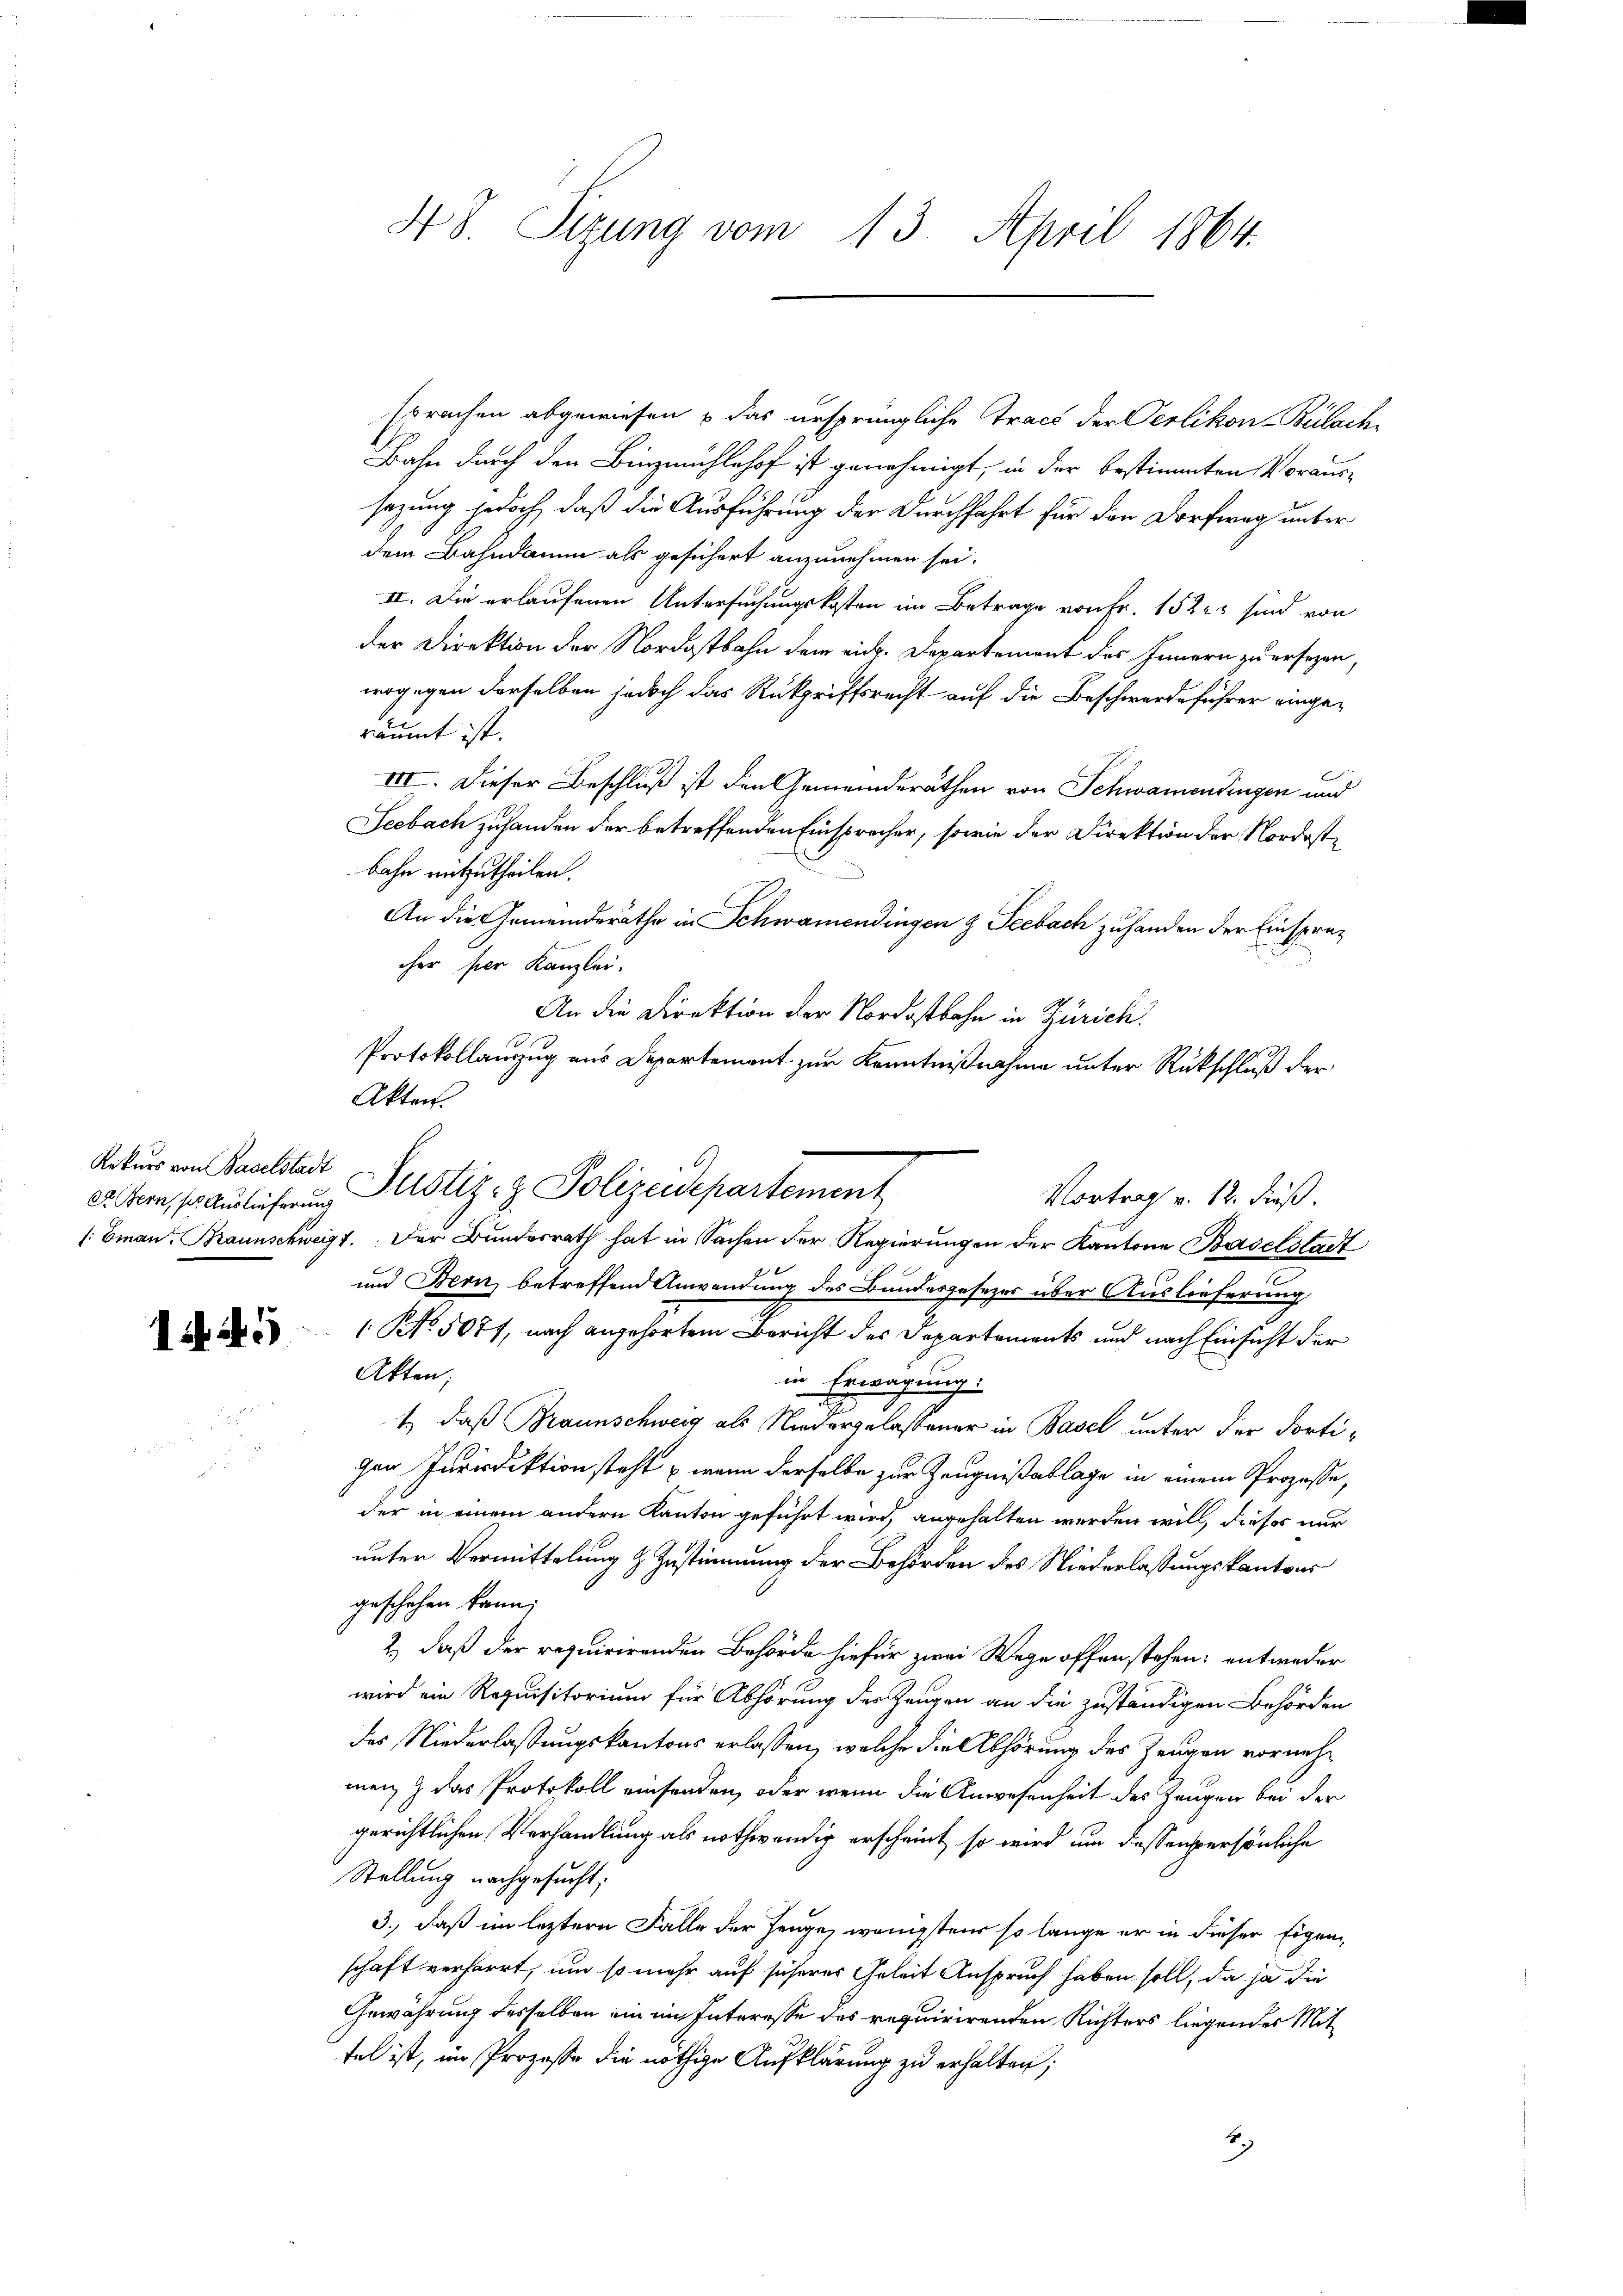
Rekurs von Baselstadt

1445

48. Sizung vom 13. April 1864.

sprachen abgewiesen & das ursprüngliche Tract der Oerlikon-Bülache
Bahn durch den Binzmühlehof ist genehmigt, in der bestimmten Voraus-
sazung jedoch, daß die Ausführung der Durchfahrt für den Dorfweg unter
dem Bahndamm als gesichert anzunehmen sei.
II. Die erlaufenen Untersuchungskosten im Betrage von Fr. 1522 sind von
der Direktion der Nordostbahn dem rich. Departement des Innern zu ersezen,
wogegen derselben jedoch das Rückgriffsrecht auf die Beschwerdeführer eingeräumt ist.
III. Dieser Beschluß ist den Gemeinderäthen von Schwamendingen und
Seebach zu handen der betreffenden Einsprecher, sowie der Direktion der Nordostbahn mitzutheilen.
An die Gemeinderäthe in Schwamendingen & Seebach zuhanden der Einsprecher hier Kanzlei.
An die Direktion der Nordostbahn in Zürich.
Protokollauszug aus Departement zur Kenntnißnahme unter Rückschluß der
Akten.
/: Eman. Braunschweigt. Der Bundesrath hat in Sachen der Regierungen der Kantone Baselstadt
und Bern betreffend Anwendung des Bundesgesezes über Auslieferung
 NNo. 5071, nach angehörtem Bericht des Departements und nach Einsicht der
Akten;
in Erwägung.
t., daß Braunschweig als Niedergelassener in Basel unter der dorti-
gen Inviediktion steht – wenn derselbe zur Zeugnißablage in einem Prozesse,
der in einem andern Kanton geführt wird, angehalten werden will, dieses nur
unter Vermittelung & Zustimmung der Behörden des Niederlassungskantons
geschehen kann;
2.) daß der requirirenden Behörde hiefür zwei Wege offen stehen; entweder
wird ein Requisitorium für Abhörung des Zeugen an die zuständigen Behörden
des Niederlassungskantons erlassen, welche die Abhörung des Zeugen vornehmen & das Protokoll einsenden, oder wenn die Anwesenheit des Zeugen bei der
gerichtlichen Verhandlung als nothwendig erscheint, so wird um dessenspersönliche
Stellung nachgesucht:
3., daß im letztere Falle der Zeuge, wenigsten so lange er in dieser Eigen
schaft verharrt, um so mehr auf sicheres Geleit Anspruch haben soll, da ja die
Gewährung desselben ein im Interesse des requirirenden Richters liegendes Mit
fel ist, im Prozesse die nöthige Aufklärung zu erhalten;
2.)

et. Bern, ser Auslieferung Justiz- & Polizeidepartement
Vortrag v. 12. dieß.